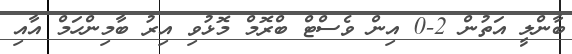
ބާންލީ އަތުން 2-0 އިން ވެސްޓް ބްރޮމް މޮޅުވި އިރު ބާމިންހަމް އާއި